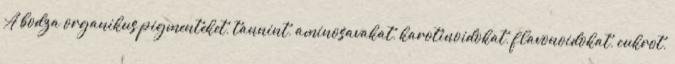
A bodza organikus pigmenteket, tannint, aminosavakat, karotinoidokat, flavonoidokat, cukrot,